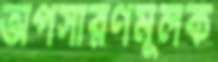
অপসারণমূলক